Annual administration report of the Civil Veterinary Department, Ajmere-Merwara, British Rajputana - 1914-1940
Year: 1914
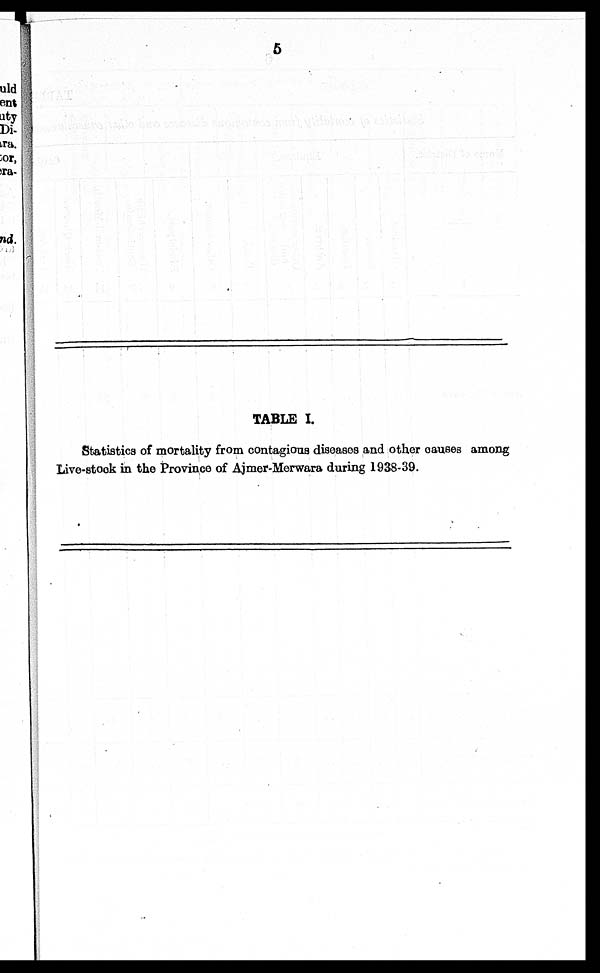
TABLE I.
Statistics of mortality from contagious diseases and other causes among
Live-stock in the Province of Ajmer-Merwara during 1938-39.